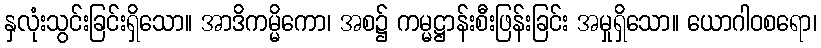
နှလုံးသွင်းခြင်းရှိသော။ အာဒိကမ္မိကော၊ အစ၌ ကမ္မဋ္ဌာန်းစီးဖြန်းခြင်း အမှုရှိသော။ ယောဂါဝစရော၊